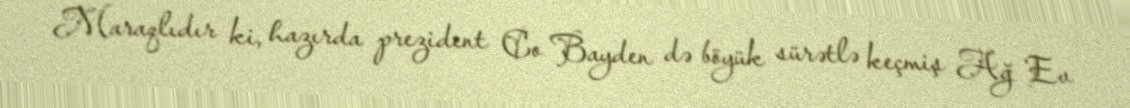
Maraqlıdır ki, hazırda prezident Co Bayden də böyük sürətlə keçmiş Ağ Ev